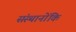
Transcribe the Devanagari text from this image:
संस्थानोंकि